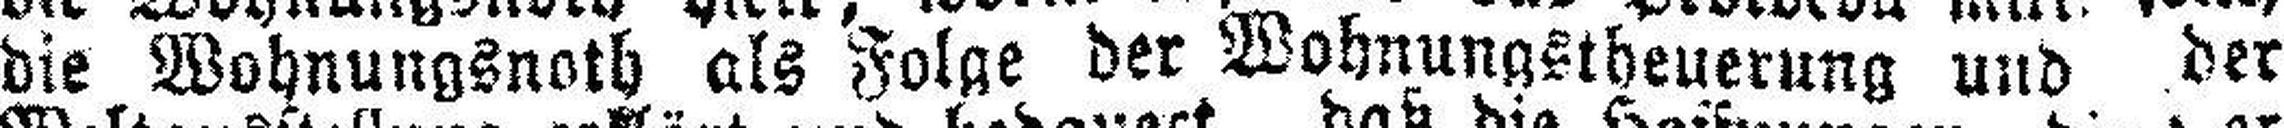
die Wohnungsnoth als Folge der Wohnungstheuerung und der